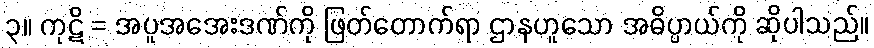
၃။ ကုဋိ = အပူအအေးဒဏ်ကို ဖြတ်တောက်ရာ ဌာနဟူသော အဓိပ္ပာယ်ကို ဆိုပါသည်။